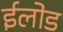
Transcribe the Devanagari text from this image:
ईलोड